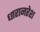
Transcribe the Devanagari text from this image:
धारानरेश